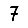
Digit: 7